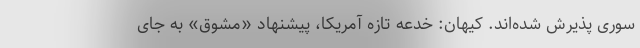
سوری پذیرش شده‌اند. کیهان: خدعه تازه آمریکا، پیشنهاد «مشوق» به جای